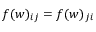
f ( w ) _ { i j } = f ( w ) _ { j i }